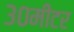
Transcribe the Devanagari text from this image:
३०मीटर